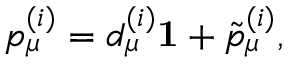
p _ { \mu } ^ { ( i ) } = d _ { \mu } ^ { ( i ) } { \bf 1 } + \tilde { p } _ { \mu } ^ { ( i ) } ,